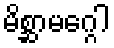
မိစ္ဆာမဂ္ဂေါ